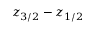
z _ { 3 / 2 } - z _ { 1 / 2 }